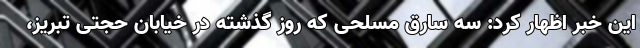
این خبر اظهار کرد: سه سارق مسلحی که روز گذشته در خیابان حجتی تبریز،